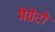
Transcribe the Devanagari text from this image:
मैग्नेटों